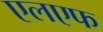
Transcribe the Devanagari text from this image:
एलएफ